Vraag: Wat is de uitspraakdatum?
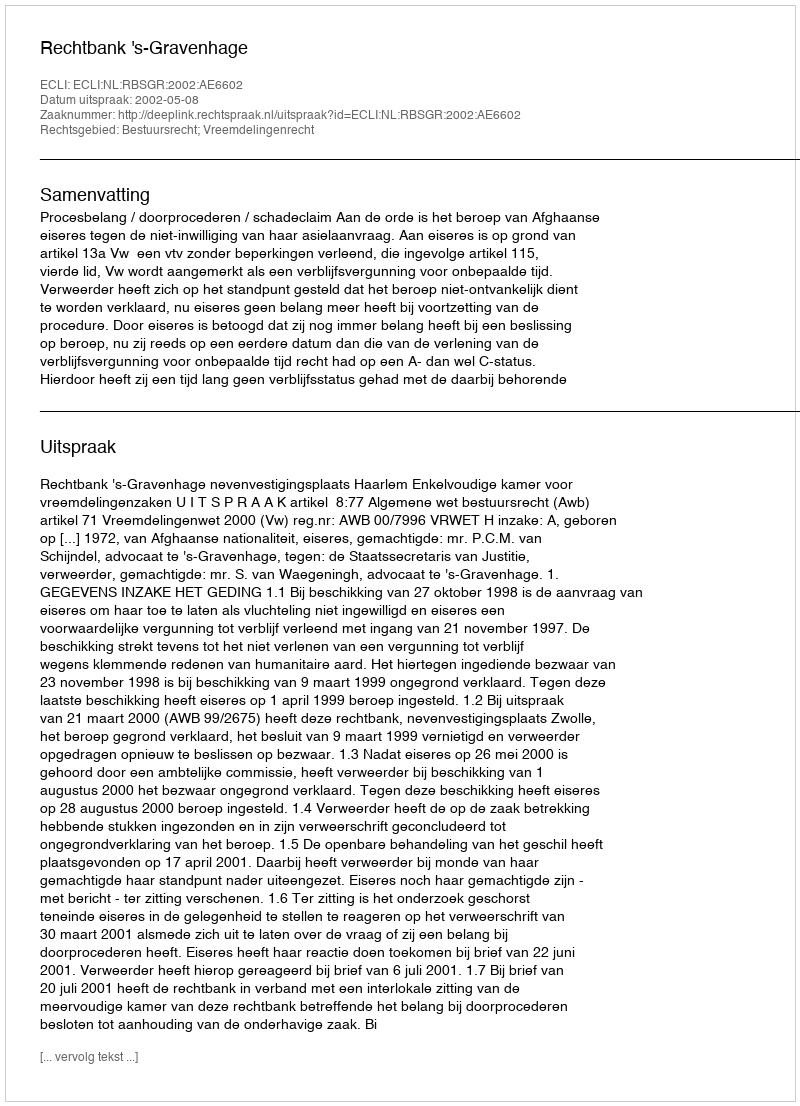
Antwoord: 2002-05-08